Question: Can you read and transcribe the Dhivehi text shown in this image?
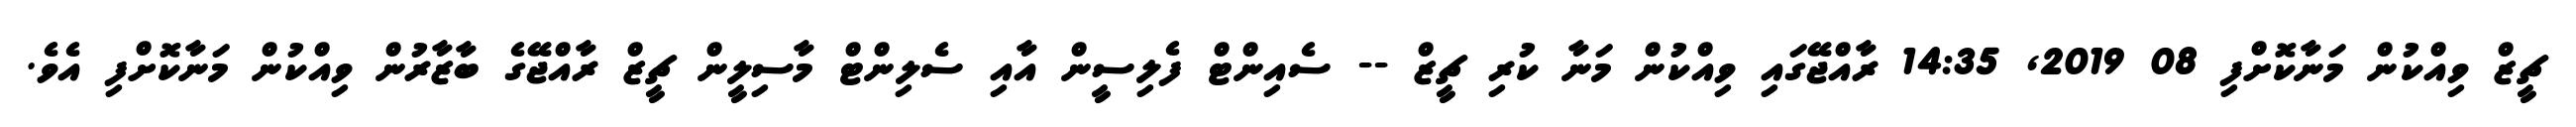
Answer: ޗީޒް ވިއްކުން މަނާކޮށްފި 08 2019, 14:35 ރާއްޖޭގައި ވިއްކުން މަނާ ކުރި ޗީޒް -- ސެއިންޓް ފެލިސީން އާއި ސެލިންޓް މާސިލީން ޗީޒް ރާއްޖޭގެ ބާޒާރުން ވިއްކުން މަނާކޮށްފި އެވެ.